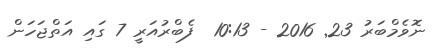
ނޮވެމްބަރު 23